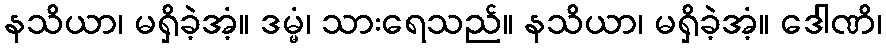
နသိယာ၊ မရှိခဲ့အံ့။ ဒမ္မံ၊ သားရေသည်။ နသိယာ၊ မရှိခဲ့အံ့။ ဒေါဏိ၊